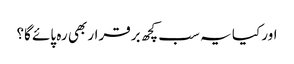
اور کیا یہ سب کچھ برقرار بھی رہ پائے گا؟